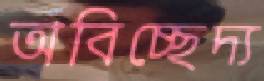
অবিচ্ছেদ্য